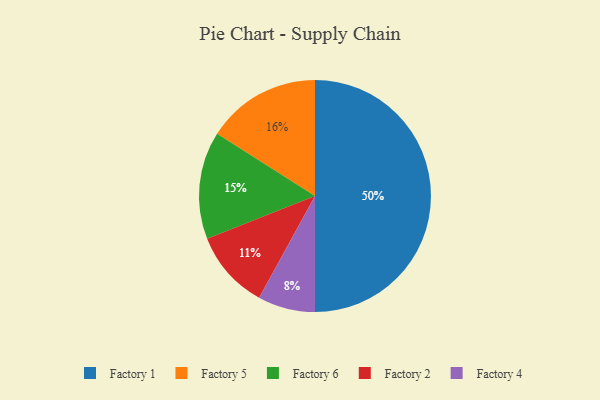
{"axis": {"x": "Category", "y": "Percentage"}, "legend": ["Factory 1", "Factory 2", "Factory 4", "Factory 5", "Factory 6"], "data": [{"x": "Factory 2", "y": 11, "type": "Factory 2"}, {"x": "Factory 6", "y": 15, "type": "Factory 6"}, {"x": "Factory 5", "y": 16, "type": "Factory 5"}, {"x": "Factory 1", "y": 50, "type": "Factory 1"}, {"x": "Factory 4", "y": 8, "type": "Factory 4"}]}